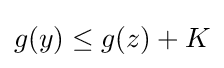
g(y)\leq g(z)+K